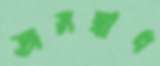
অসম্বাধ